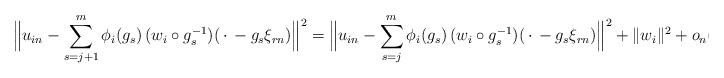
LaTeX: \begin{align*}\Big\|u_{in}-\sum_{s=j+1}^{m}\phi_i(g_s)\,(w_{i}\circ g_s^{-1})(\,\cdot\,-g_s\xi_{rn})\Big\|^2=\Big\|u_{in}-\sum_{s=j}^{m}\phi_i(g_s)\,(w_{i}\circ g_s^{-1})(\,\cdot\,-g_s\xi_{rn})\Big\|^2+\|w_{i}\|^2+o_n(1),\end{align*}